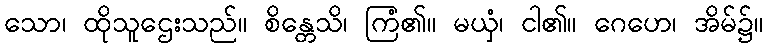
သော၊ ထိုသူဌေးသည်။ စိန္တေသိ၊ ကြံ၏။ မယှံ၊ ငါ၏။ ဂေဟေ၊ အိမ်၌။